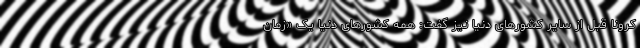
کرونا قبل از سایر کشورهای دنیا نیز گفت: همه کشورهای دنیا یک «زمان